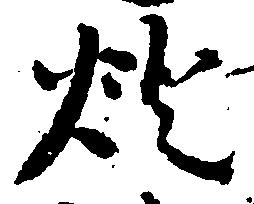
燈